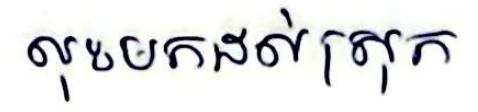
លុះមកដល់ស្រុក